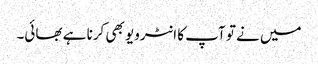
میں نے تو آپ کا انٹرویو بھی کرنا ہے بھائی۔